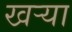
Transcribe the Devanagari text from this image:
खऱ्या